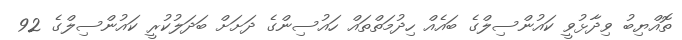
ތޮއްޔިބު ވިދާޅުވީ ކައުންސިލްގެ ބައެއް ހިދުމަތްތައް ހައުސިންގެ ދަށަށް ބަދަލުކުރީ ކައުންސިލްގެ 92